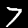
Digit: 7